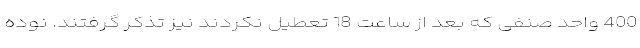
400 واحد صنفی که بعد از ساعت 18 تعطیل نکردند نیز تذکر گرفتند. نوده